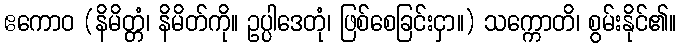
ဧကောဝ (နိမိတ္တံ၊ နိမိတ်ကို။ ဥပ္ပါဒေတုံ၊ ဖြစ်စေခြင်းငှာ။) သက္ကောတိ၊ စွမ်းနိုင်၏။